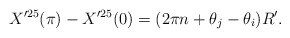
\begin{align*}X'^{25}(\pi) - X'^{25}(0) = (2\pi n + \theta_j - \theta_i) R'.\end{align*}